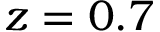
z = 0 . 7